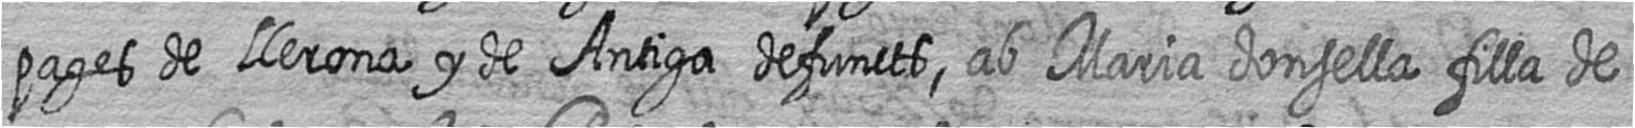
pages de Llerona y de Antiga defuncts ab Maria donsella filla de